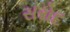
સરોદ